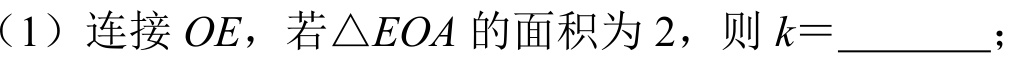
（1）连接 \(OE\)，若\(\triangle EOA\) 的面积为 \(2\)，则 \(k = \_\_\_\_\_\)；